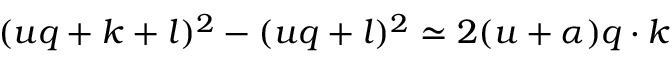
( u q + k + l ) ^ { 2 } - ( u q + l ) ^ { 2 } \simeq 2 ( u + \alpha ) q \cdot k